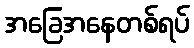
အခြေအနေတစ်ရပ်